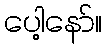
ပေါ့နော်။